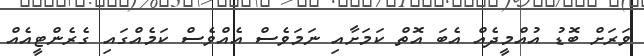
ވަރަށް ބޮޑު އުއްމީދެއް އެބަ އޮތް ކަމަށާއި ނަމަވެސް އެއްވެސް ކަމެއްގައި ގެރެންޓީއެއް